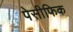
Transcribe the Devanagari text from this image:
पेसीफिक